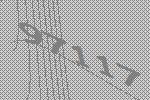
97117